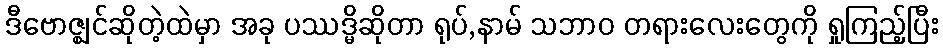
ဒီဗောဇ္ဈင်ဆိုတဲ့ထဲမှာ အခု ပဿဒ္မိဆိုတာ ရုပ်,နာမ် သဘာဝ တရားလေးတွေကို ရှုကြည့်ပြီး